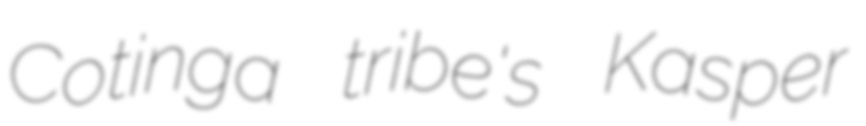
Cotinga tribe's Kasper